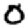
Digit: 0